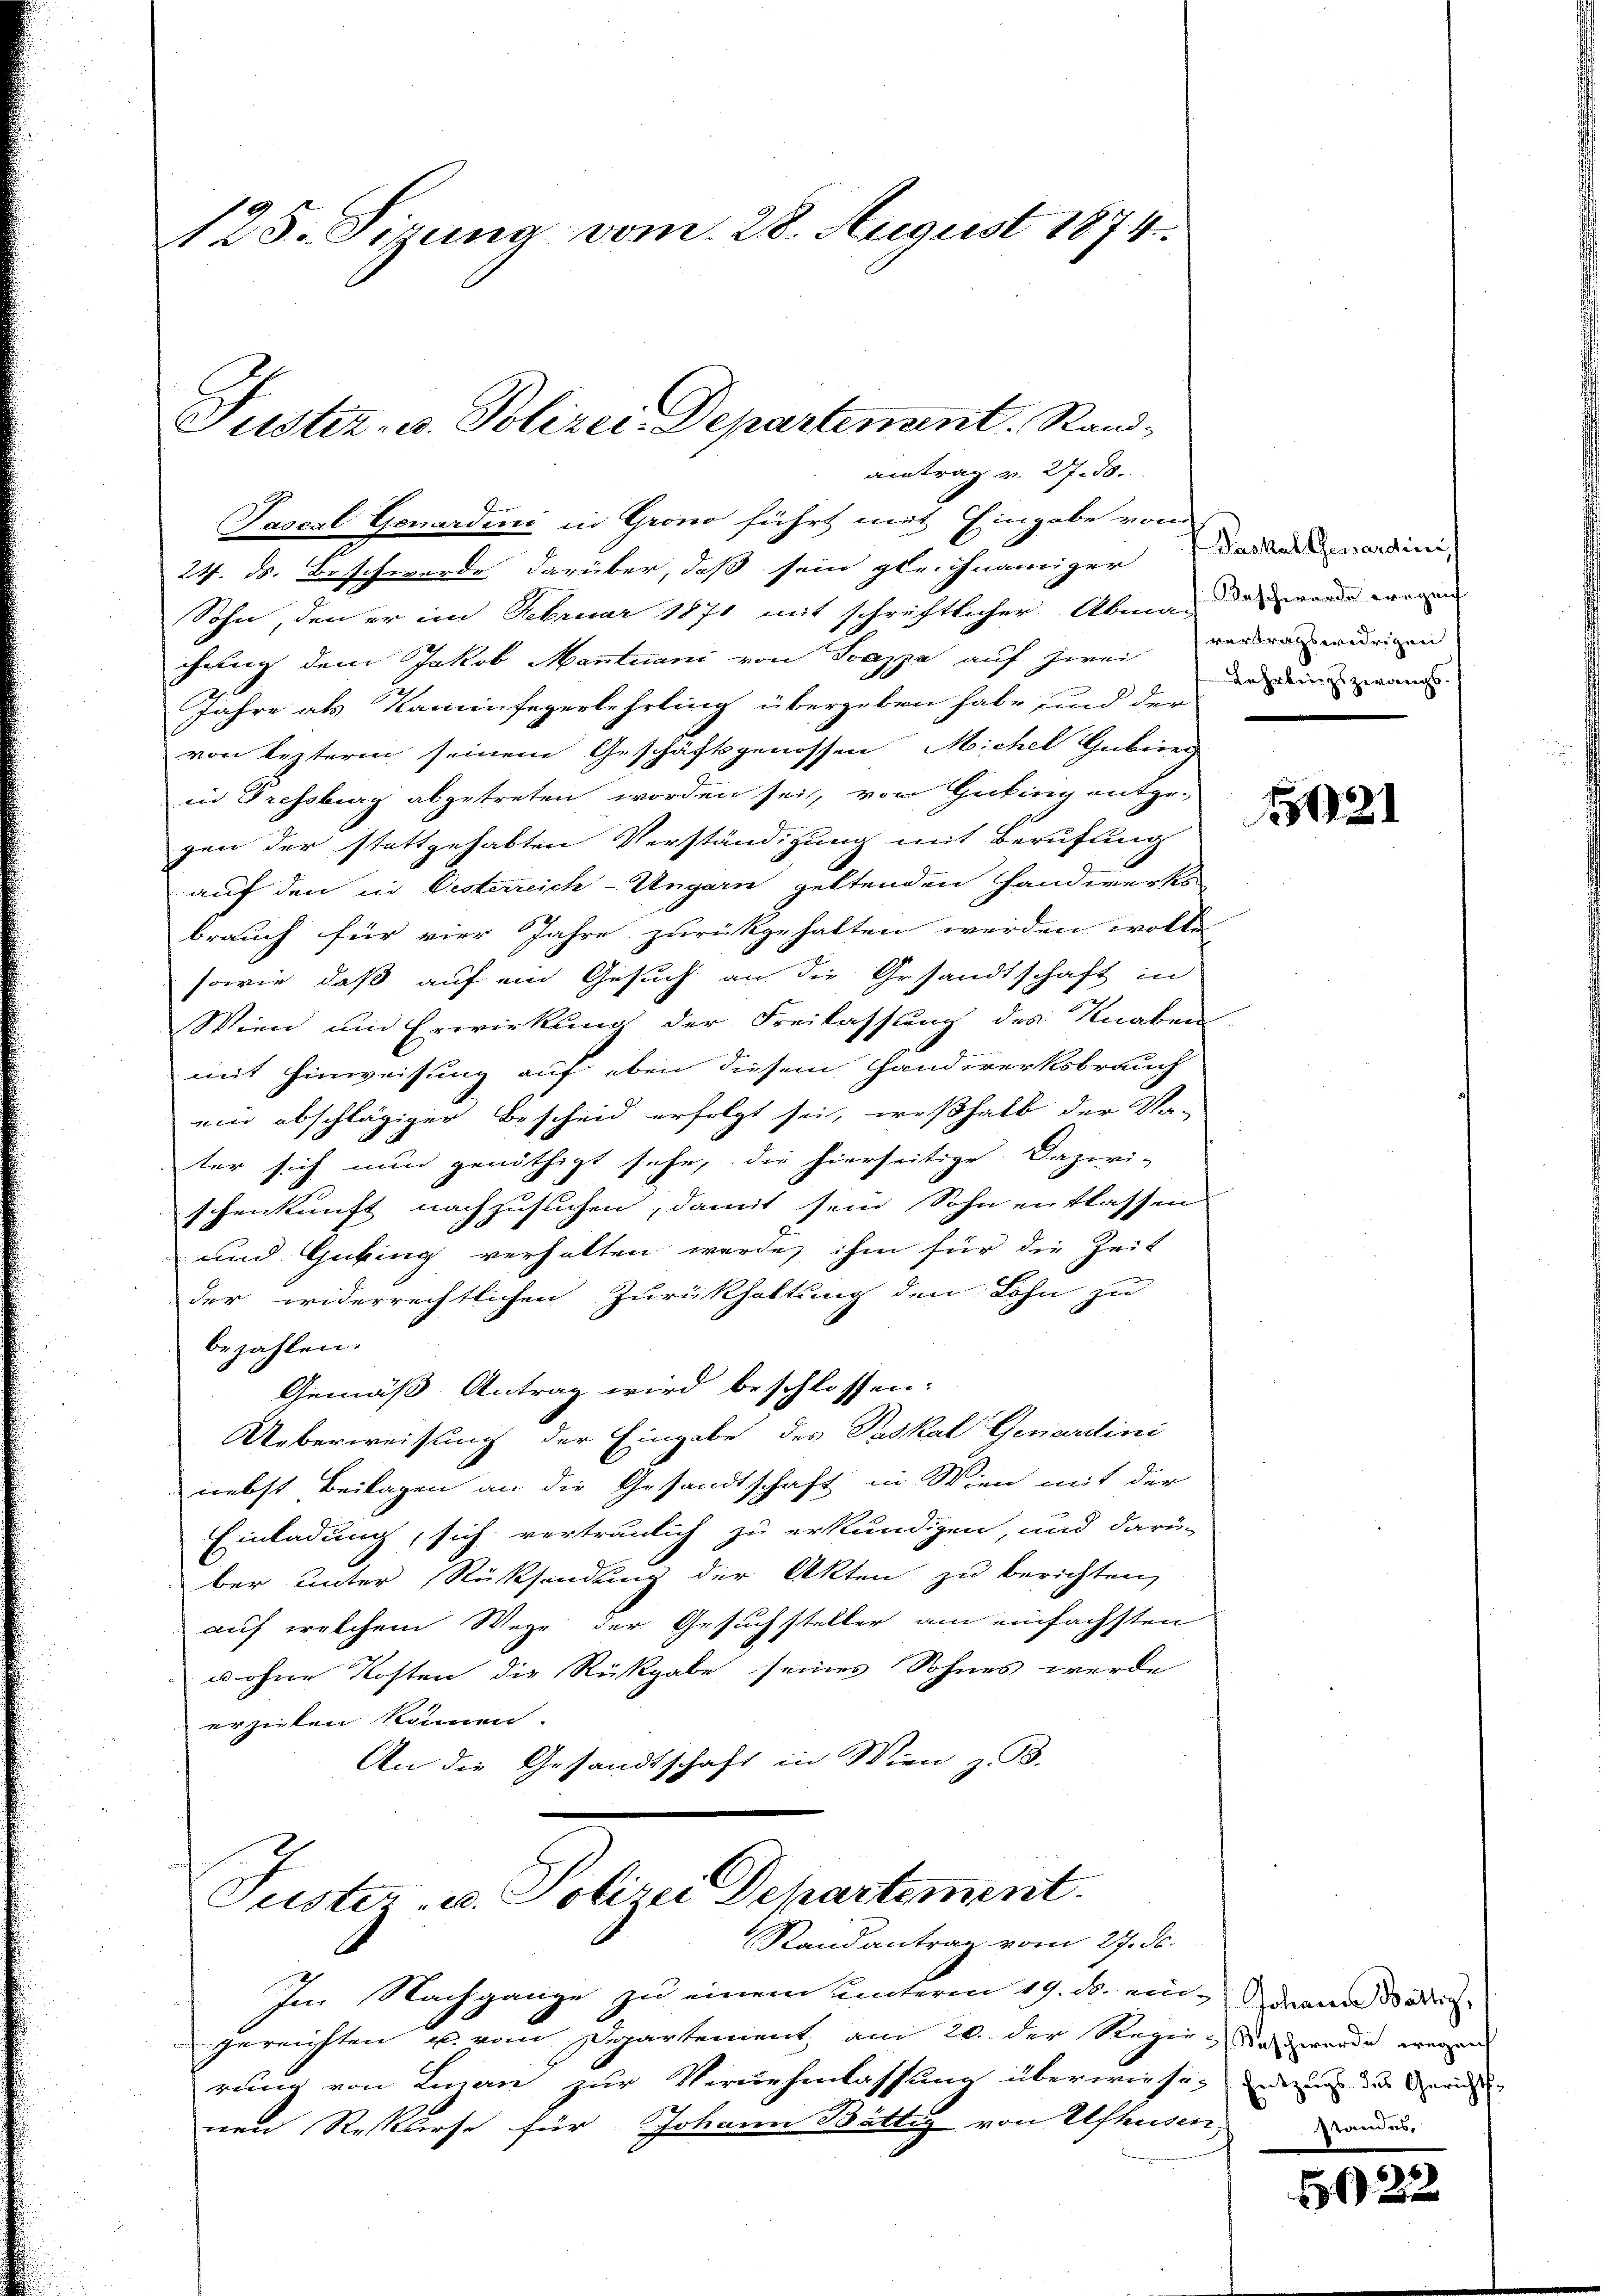
125. Sizung vom 28. August 1874.

Justiz- u. Polizei-Departement. Randantrag v. 27. 58.

Sascal Gonardini in Grono führt mit Eingabe vom
24. ds. Beschwerde darüber, daß sein gleichnamiger
Sohn, den er im Februar 1871 mit schriftlicher Abma-
chung dem Jakob Mantuani von Soazza auf zwei verranz widrigen
Jahre als Kaminfegerlehrling übergeben habe und der
von lezteren seinem Geschäftsgenossen Michel Gubiner
in Tressburg abgetreten worden sei, von Grking entge-
gen der stattgehabten Verständigung mit Berufung
auf den in Oesterreich-Ungarn geltenden Handwerks
brauch für vier Jahre zurückgehalten werden wolle,
sowie daß auf ein Gesuch an die Gesandtschaft in
Wien und Erwirkung der Freilassung des Knaben
mit Hinweisung auf eben diesem Handwerksbrauch
ein abschlägiger Bescheid erfolgt sei, weßhalb der Va-
ter sich nun genöthigt sehe, die hierseitige Dazwi-
schenkunft nachzusuchen, damit sein Sohn entlassen
und Gubing verhalten werde, ihm für die Zeit
der widerrechtlichen Zurückhaltung den Lohn zu
bezahlen.
Gemäß Antrag wird beschlossen:
Ueberweisung der Eingabe des Paskal Genardini
nebst Beilagen an die Gesandtschaft in Wien mit der
Einladung, sich vertraulich zu erkundigen, und darü-
ber unter Rücksendung der Akten zu berichten,
auf welchem Wege der Gesuchsteller am einfachsten
u ohne Kosten die Rückgabe seines Sohnes werde
erziehen können.
An die Gesandtschaft in Wien z. B.

Tuster u. Polizei Departement.
Randantrag vom 27. Se.

Im Nachgange zu einem unterm 19. d. ein- dann Beding
gereichten u. vom Departement, am 20. der Regie-Dawerde waren
rung von Linan zur Vernehmlassung überwiese, weder der Berichen
nen Rekurse für Johann Bättig von Ulfhusen,

Paskal genardini, s
Beschwerde wegen
Lehrbungszwangs.

1021

standes,

5022